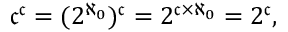
{ \mathfrak { c } } ^ { \mathfrak { c } } = ( 2 ^ { \aleph _ { 0 } } ) ^ { \mathfrak { c } } = 2 ^ { { \mathfrak { c } } \times \aleph _ { 0 } } = 2 ^ { \mathfrak { c } } ,